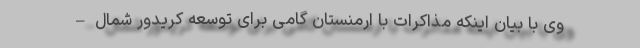
وی با بیان اینکه مذاکرات با ارمنستان گامی برای توسعه کریدور شمال –